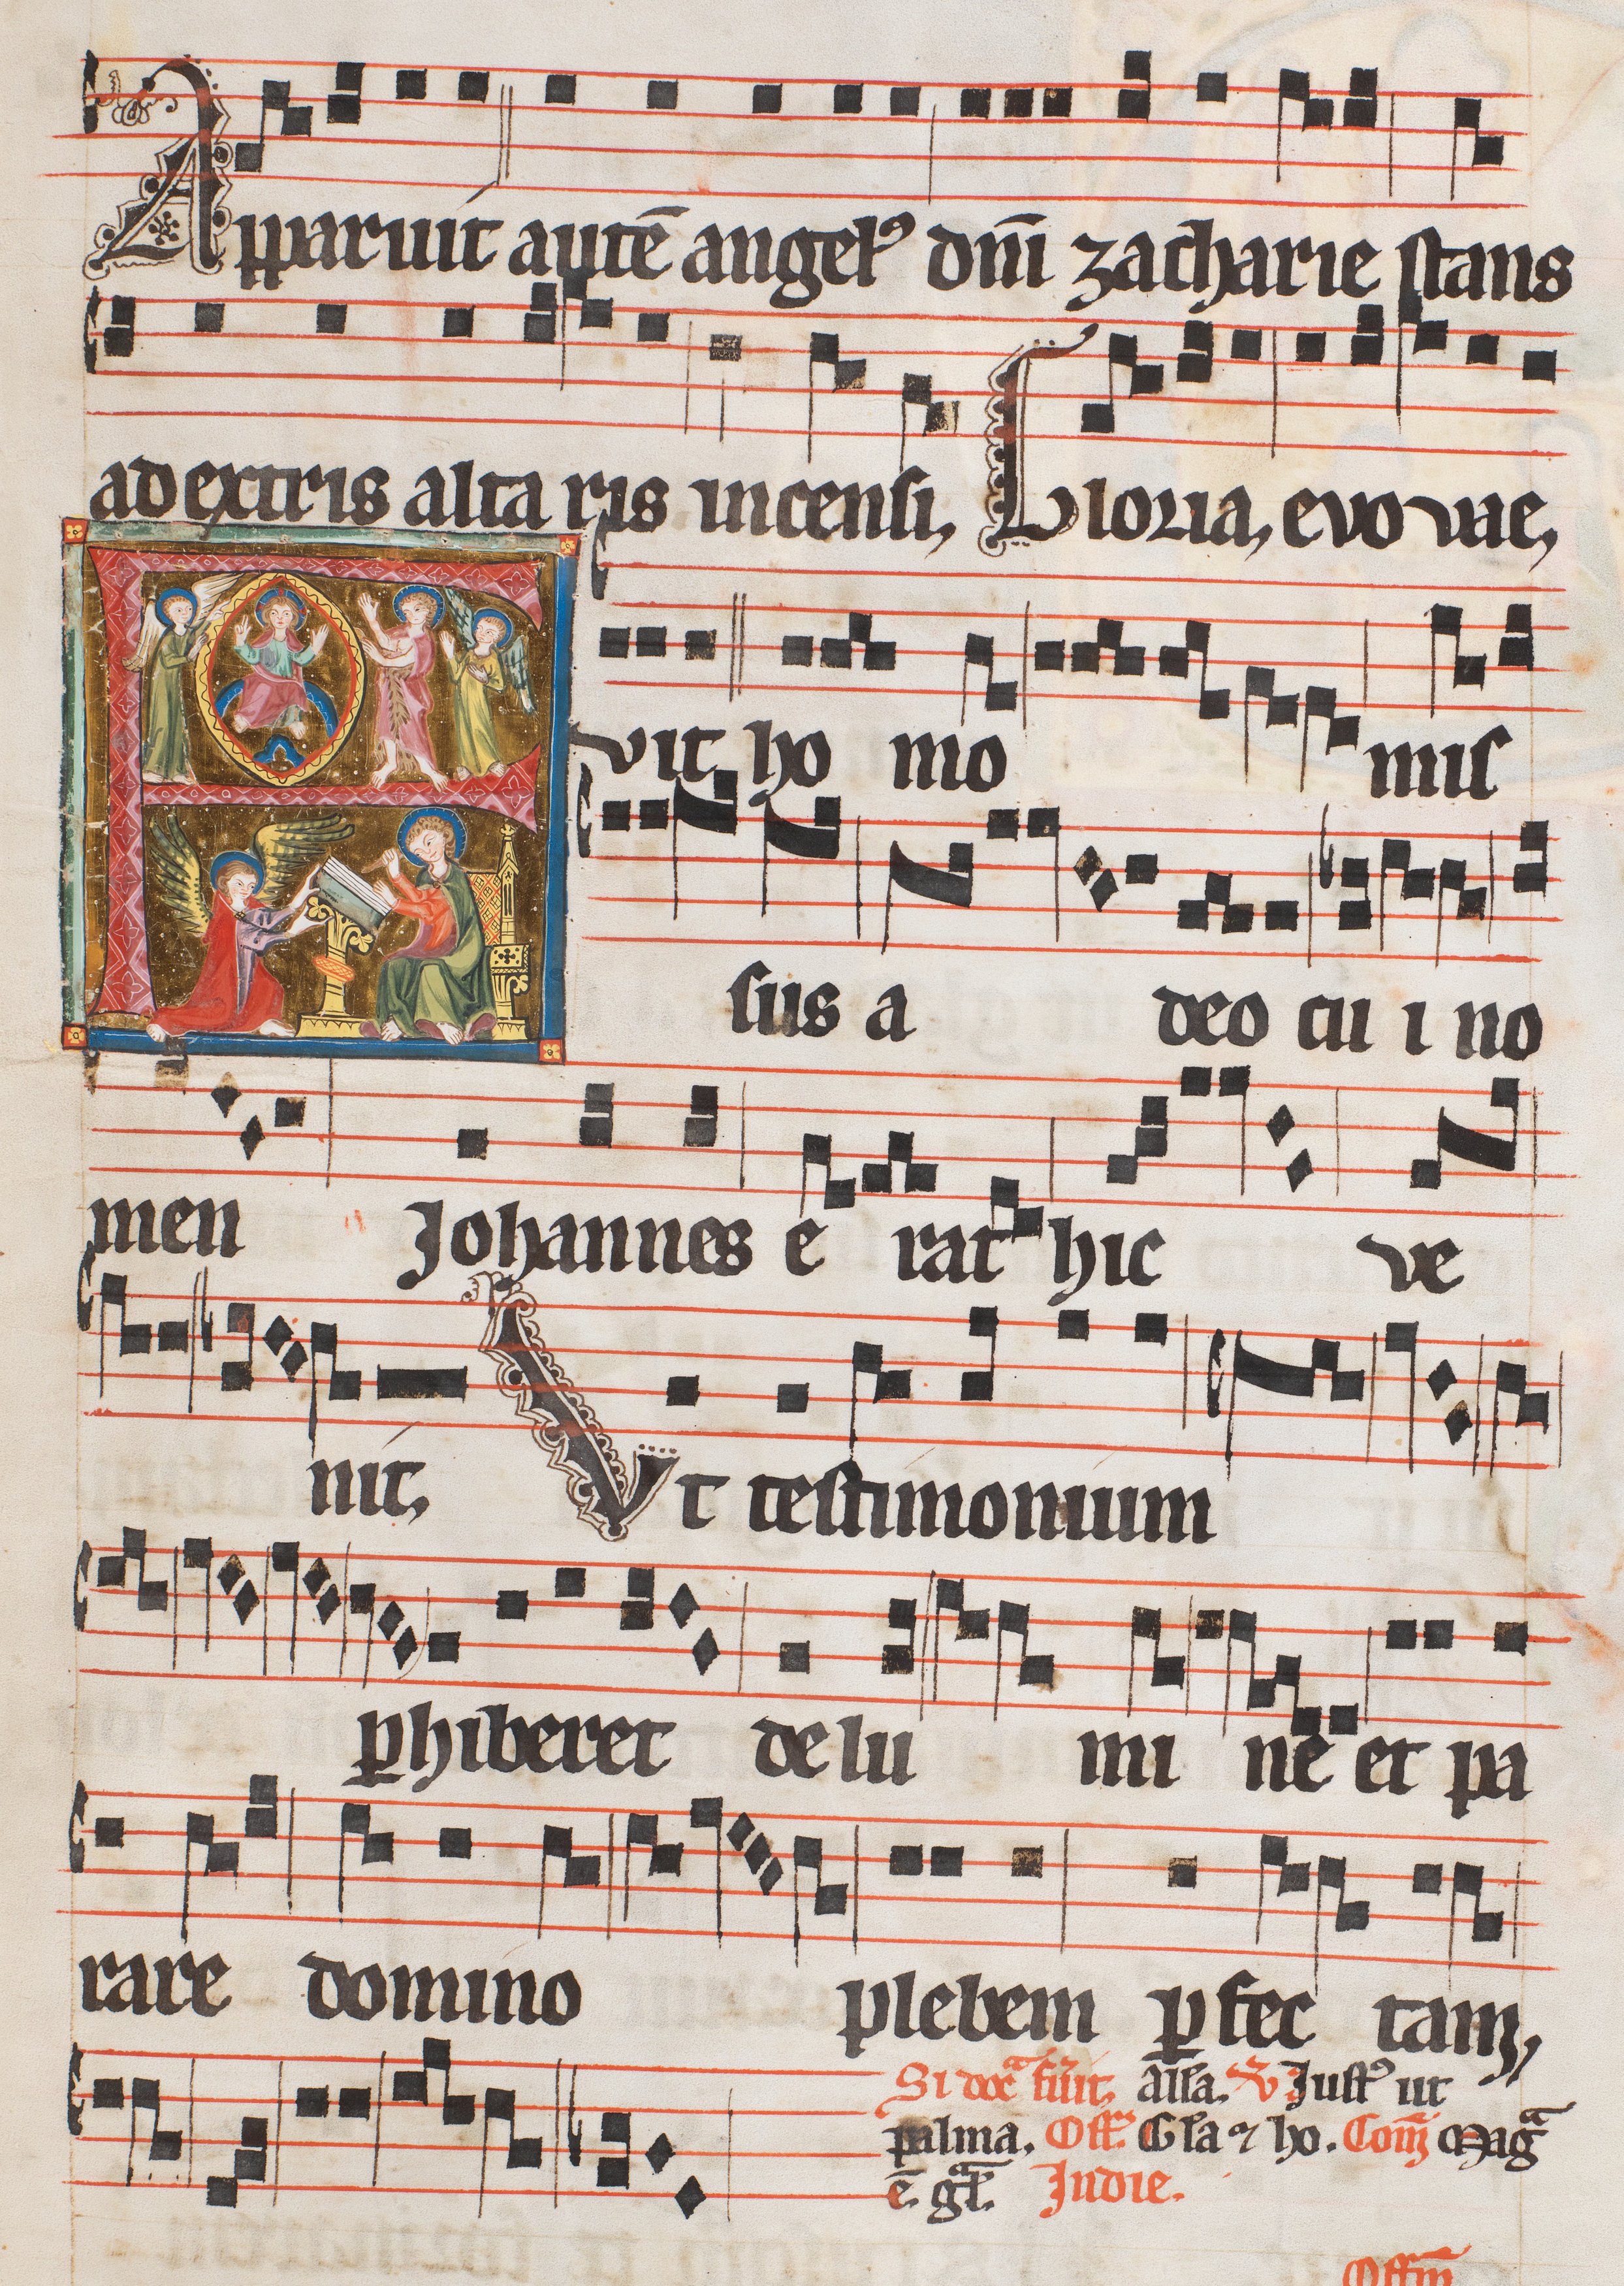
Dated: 1300–1327